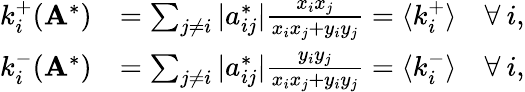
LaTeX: \begin{array}{rl}{k_{i}^{+}(\mathbf{A}^{*})}&{=\sum_{j\neq i}|a_{ij}^{*}|\frac{x_{i}x_{j}}{x_{i}x_{j}+y_{i}y_{j}}=\langle k_{i}^{+}\rangle\quad\forall\: i,}\\ {k_{i}^{-}(\mathbf{A}^{*})}&{=\sum_{j\neq i}|a_{ij}^{*}|\frac{y_{i}y_{j}}{x_{i}x_{j}+y_{i}y_{j}}=\langle k_{i}^{-}\rangle\quad\forall\: i,}\end{array}